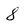
Character: 8